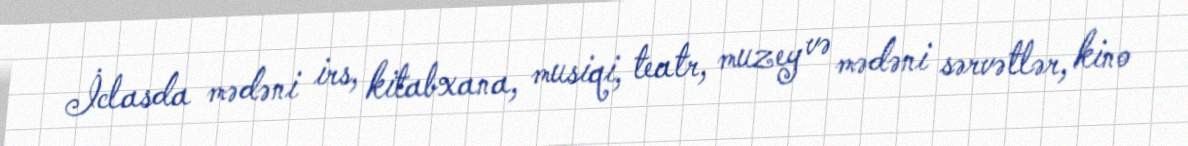
İclasda mədəni irs, kitabxana, musiqi, teatr, muzey və mədəni sərvətlər, kino